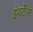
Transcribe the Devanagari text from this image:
इंवर्टेंस